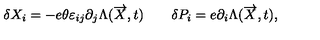
\delta X _ { i } = - e \theta \varepsilon _ { i j } \partial _ { j } \Lambda ( \overrightarrow { X } , t ) \qquad \delta P _ { i } = e \partial _ { i } \Lambda ( \overrightarrow { X } , t ) ,